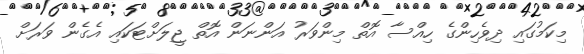
މިކަމުގައި ދިވެހިންގެ ހިއްސާ އޮތް މިންވަރު އަންނަން އޮތް ޖީލަށްޓަކައި އެގެން ވަރަށް